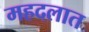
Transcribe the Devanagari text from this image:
महदलात